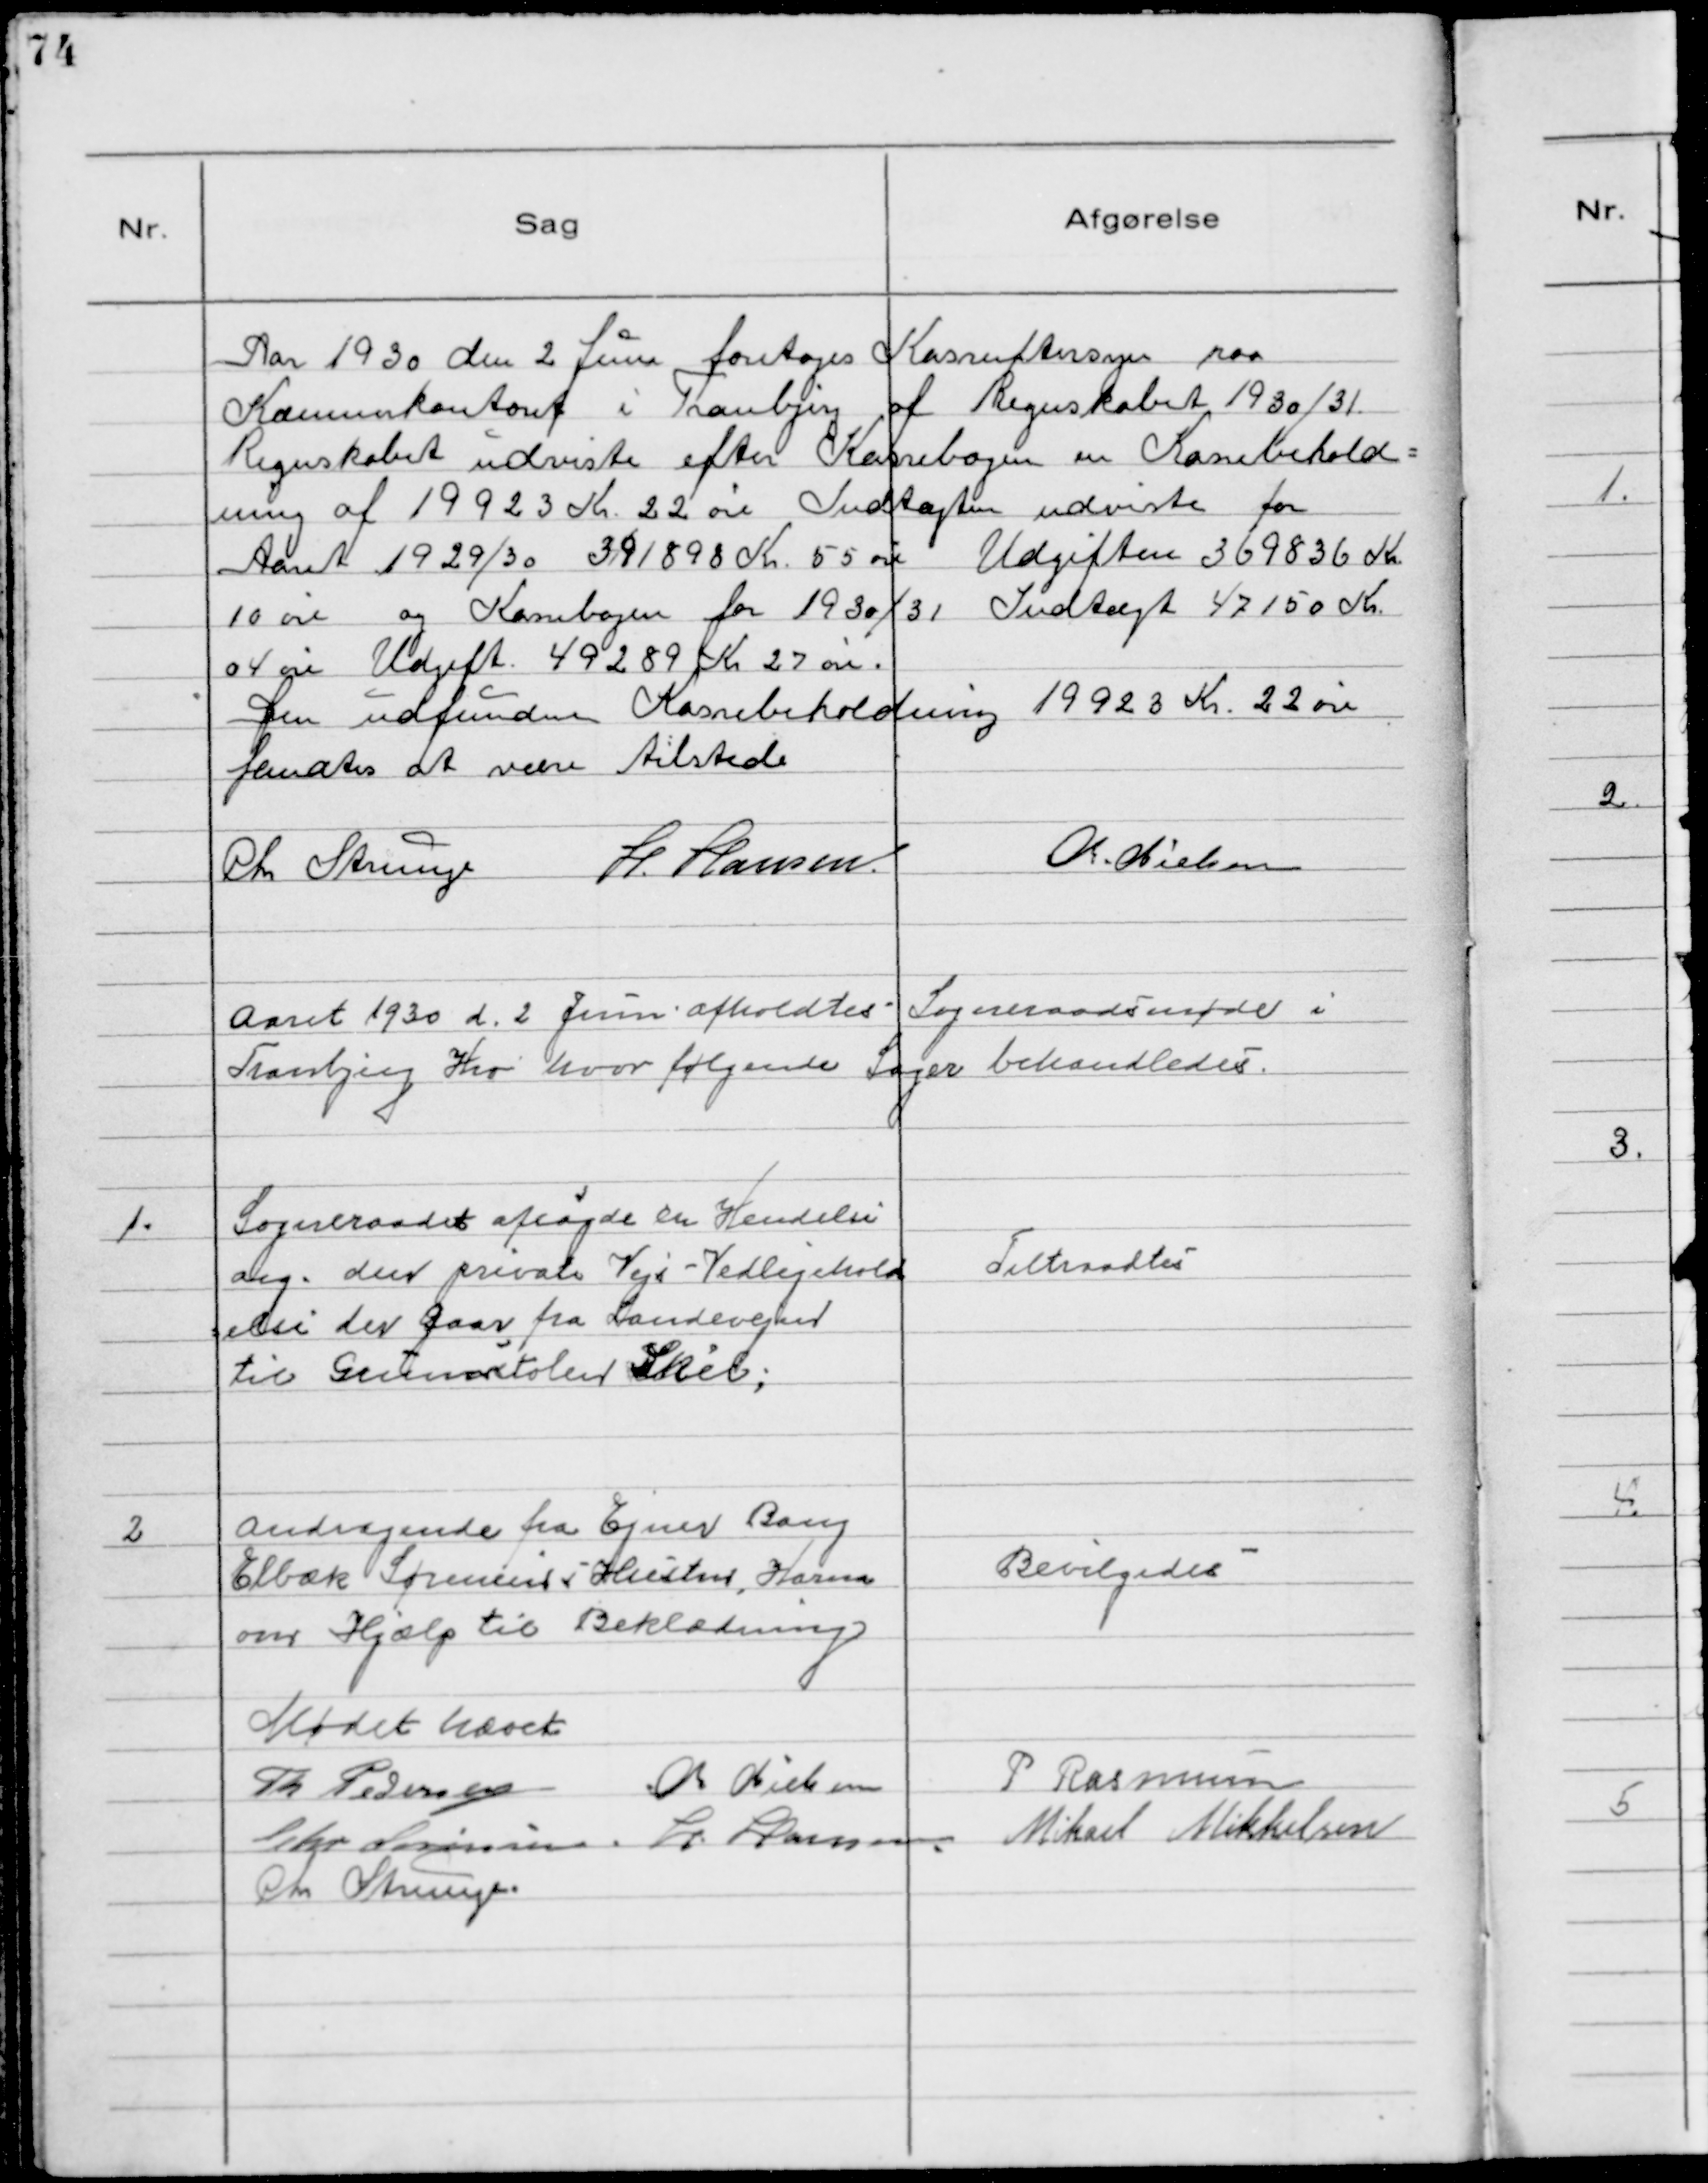
Transskription:
Aar 1930 den 2 Juni foretoges Kasseeftersyn paa
Kommunekontoret i Tranbjerg af Regnskabet 1930/31.
Regnskabet udviste efter Kassebogen en Kassebehold-
ning af 19923 Kr. 22 øre Indtægten udviste for
Aaret 1929/30 391898 Kr. 55 øre Udgiften 369836 Kr.
10 øre og Kassebogen for 1930/31 Indtægt 47150 Kr.
04 øre Udgift 49289 Kr 27 øre.
Den udfundne Kassebeholdning 19928 Kr. 22 øre
fandtes at være tilstede
Chr Strunge H. Hansen Chr.Nielsen

Aaret 1930 d. 2 Juni afholdtes Sogneraadsmøde i
Tranbjerg Kro hvor følgende Sager behandledes.

1. Sogneraadet afsagde en Kendelse
ang. den private Vejs - Vedligehold
else der gaar fra Landevejen
til Grumstolen Skel;

Tiltraadtes

2 Andragende fra Ejner Bang
Elbæk Sørensens Hustru, Harna
om Hjælp til Beklædning

Bevilgedes

Mødet hævet
Th Pedersen Chr Nielsen P Rasmussen
Chr Sørensen H. Hansen Mikael Mikkelsen
Chr Strunge